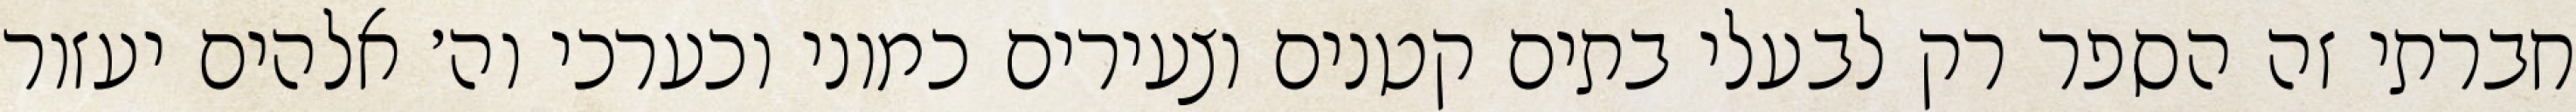
חברתי זה הספר רק לבעלי בתים קטנים וצעירים כמוני וכערכי וה׳ אלהים יעזור